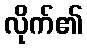
လိုက်၏